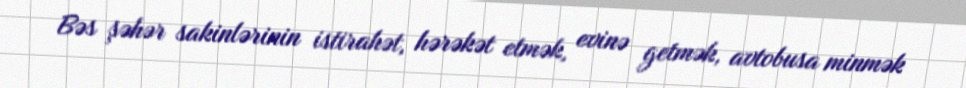
Bəs şəhər sakinlərinin istirahət, hərəkət etmək, evinə getmək, avtobusa minmək